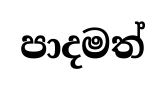
පාදමත්